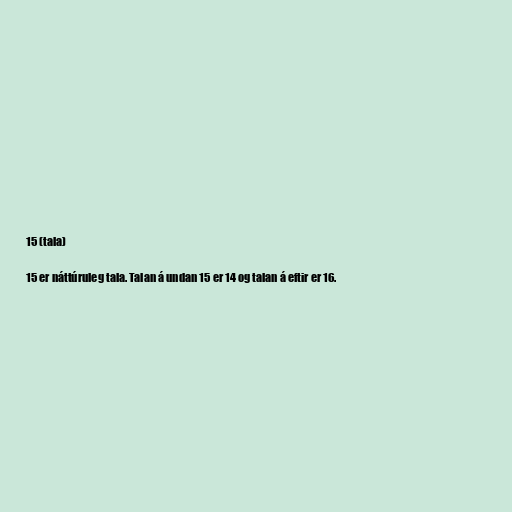
15 (tala)

15 er náttúruleg tala. Talan á undan 15 er 14 og talan á eftir er 16.